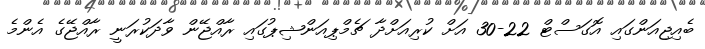
ބެއިޖިއަންގައި އޮގަސްޓް 22-30 އަށް ކުރިއަށްދާ ޗެމްޕިއަންޝިޕުގައި ރާއްޖޭން ވާދަކުރަނީ ރާއްޖޭގެ އެންމެ